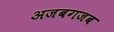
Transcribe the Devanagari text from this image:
अजबगजब